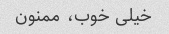
خیلی خوب، ممنون